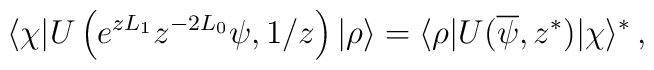
\langle\chi|U\left(e^{zL_1}z^{-2L_0}\psi,1/z\right)|\rho\rangle=\langle\rho|U(\overline\psi,z^\ast)|\chi\rangle^\ast\,,